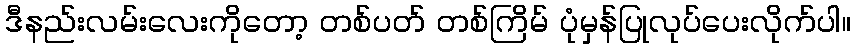
ဒီနည်းလမ်းလေးကိုတော့ တစ်ပတ် တစ်ကြိမ် ပုံမှန်ပြုလုပ်ပေးလိုက်ပါ။